DOW-UAP-D3, Mission Report, Arabian Gulf, 2020
Agency: Department of War
Page 4
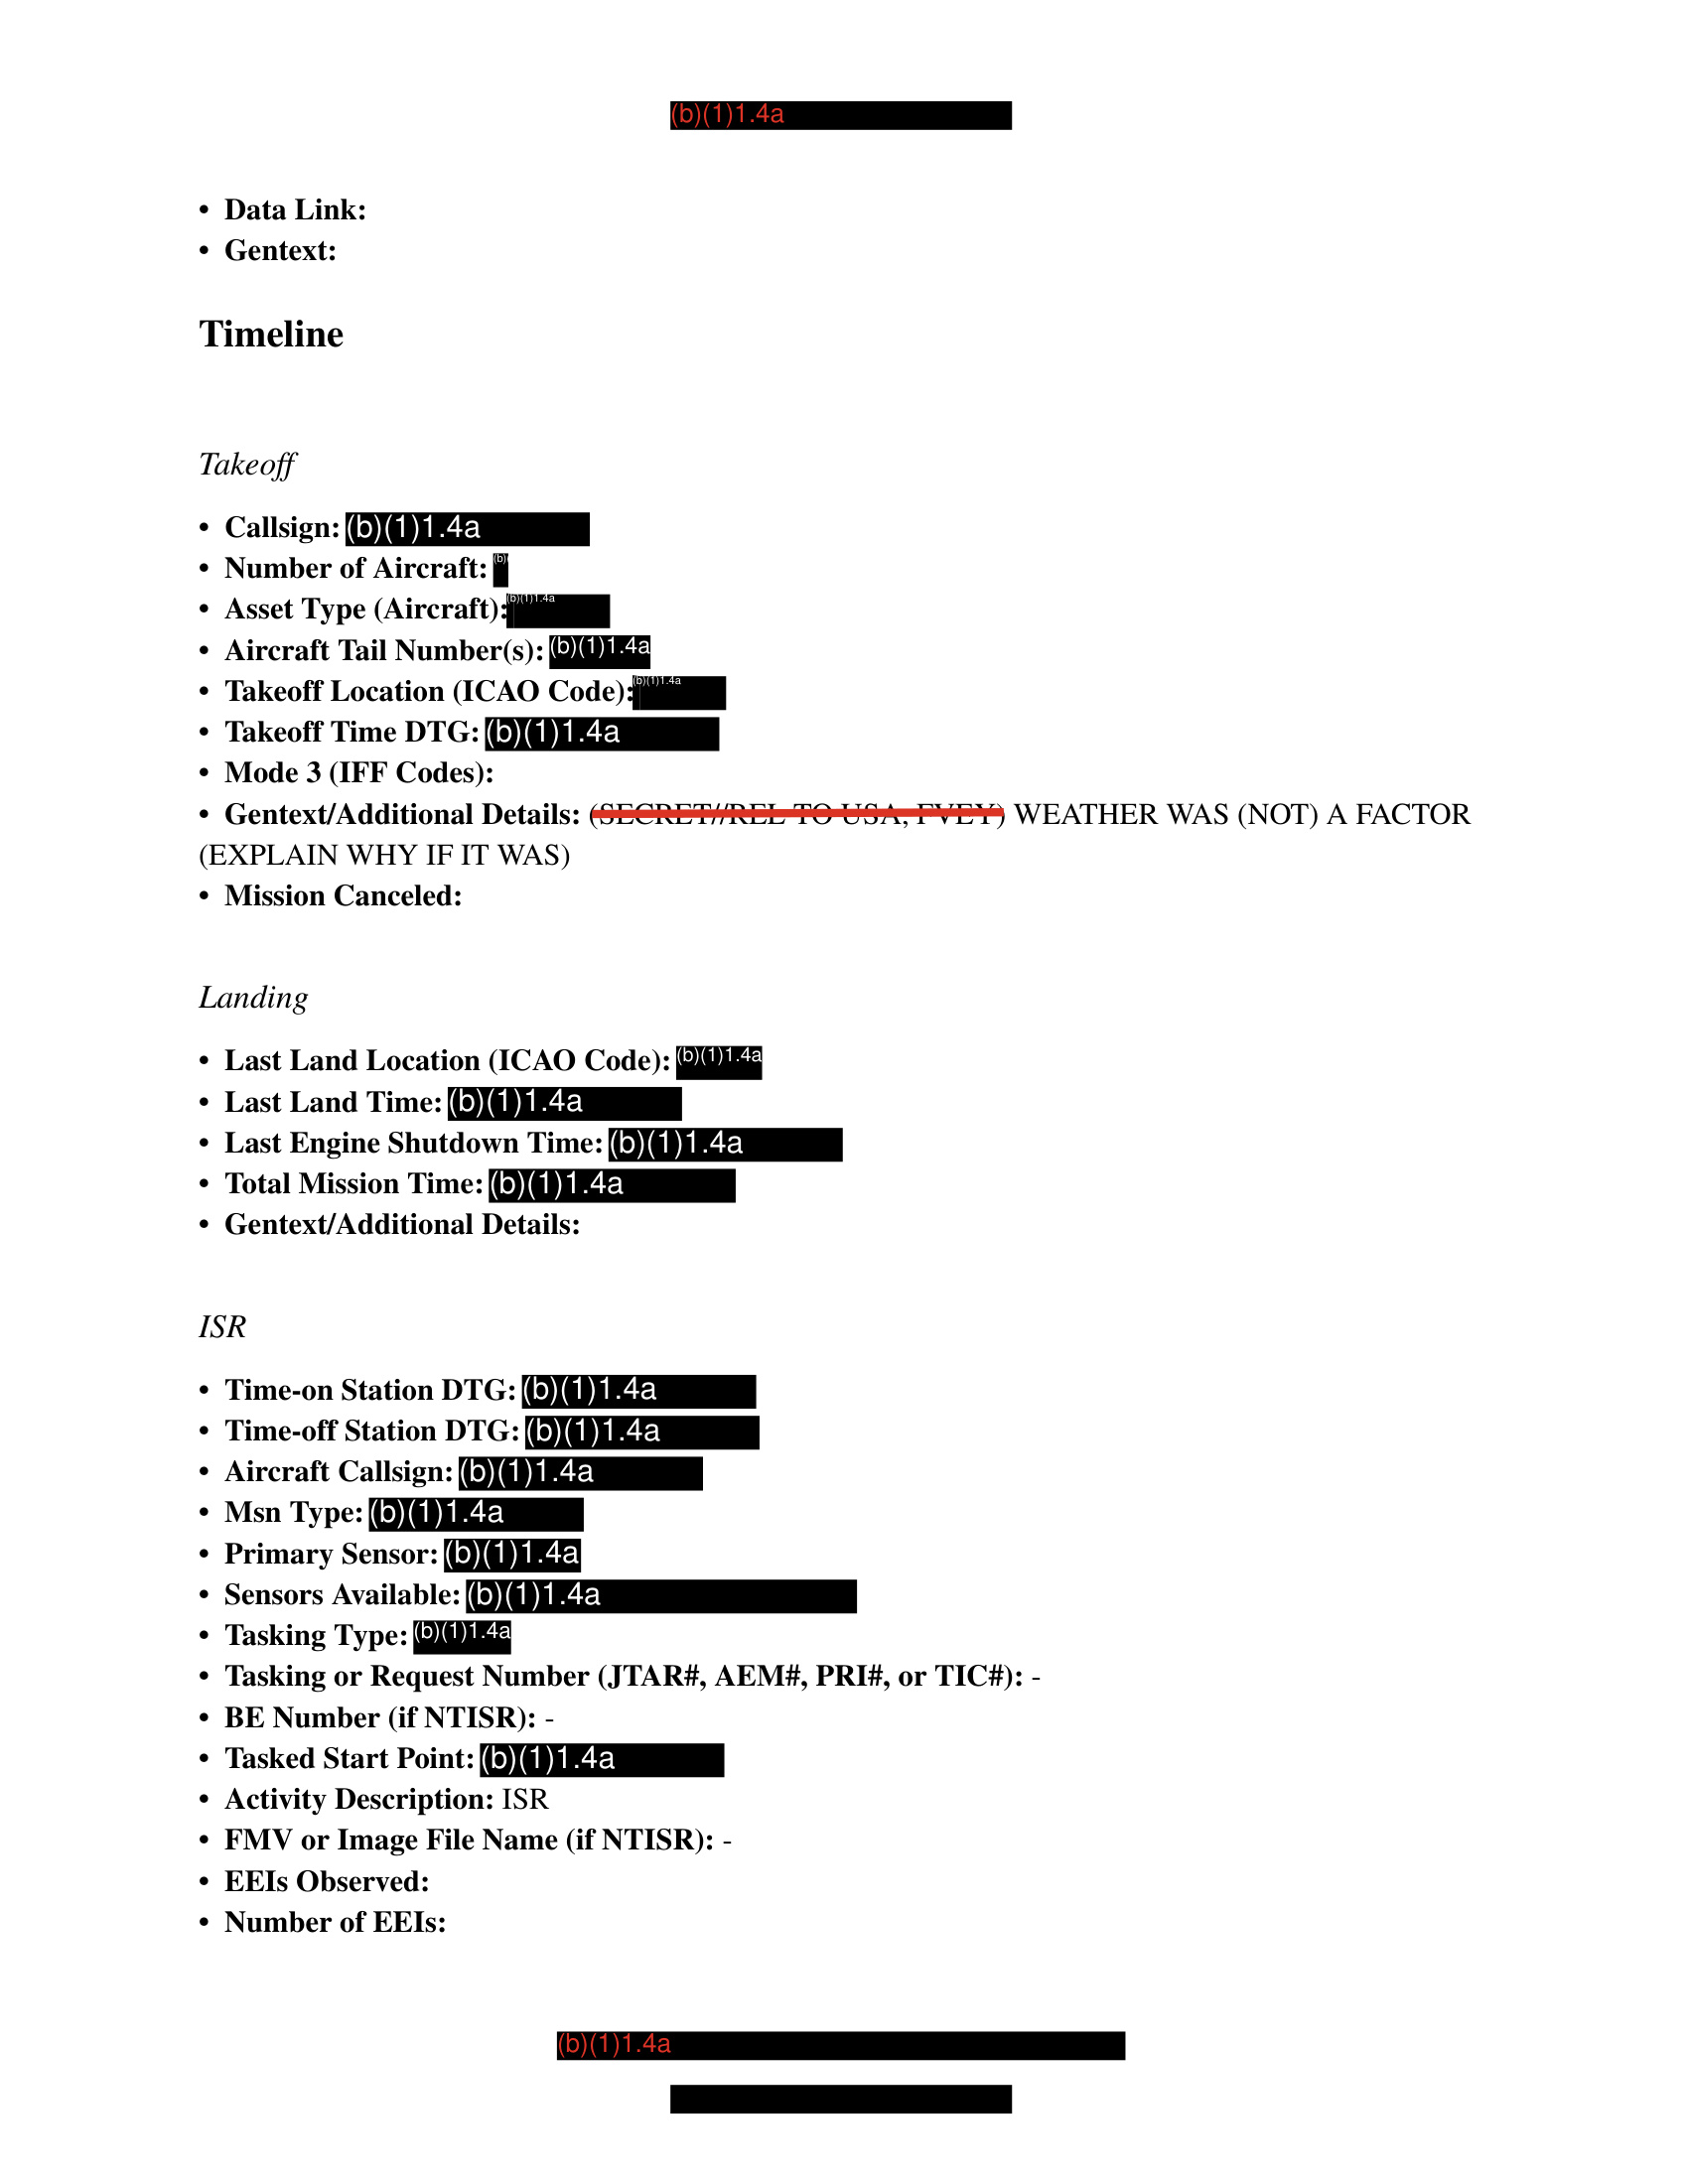